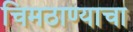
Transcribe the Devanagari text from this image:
चिमठाण्याचा